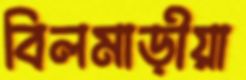
বিলমাড়ীয়া